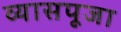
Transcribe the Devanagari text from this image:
व्यासपूजा